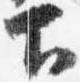
下